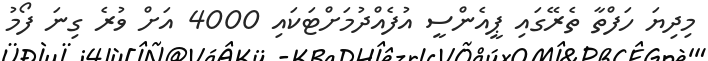
މިދިޔަ ހަފްތާ ތެރޭގައި ޕީއެންސީ އުފެއްދުމަށްޓަކައި 4000 އަށް ވުރެ ގިނަ ފޯމު